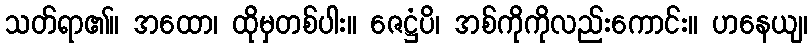
သတ်ရာ၏။ အထော၊ ထိုမှတစ်ပါး။ ဇေဋ္ဌံပိ၊ အစ်ကိုကိုလည်းကောင်း။ ဟနေယျ၊